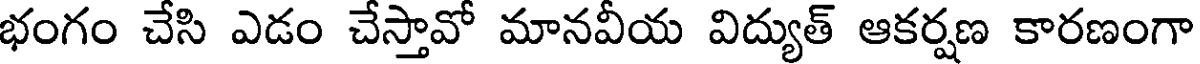
భంగం చేసి ఎడం చేస్తావో మానవీయ విద్యుత్ ఆకర్షణ కారణంగా